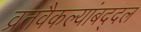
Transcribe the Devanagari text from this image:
व्रतवैकल्यांबद्दल